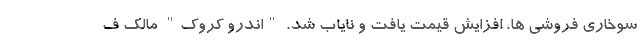
سوخاری فروشی ها، افزایش قیمت یافت و نایاب شد. "اندرو کروک" مالک ف